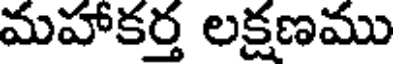
మహాకర్త లక్షణము